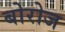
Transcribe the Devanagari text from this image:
बोरोज